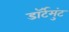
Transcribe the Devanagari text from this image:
डॉर्टमुंट